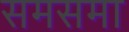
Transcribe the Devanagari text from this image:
समसमा